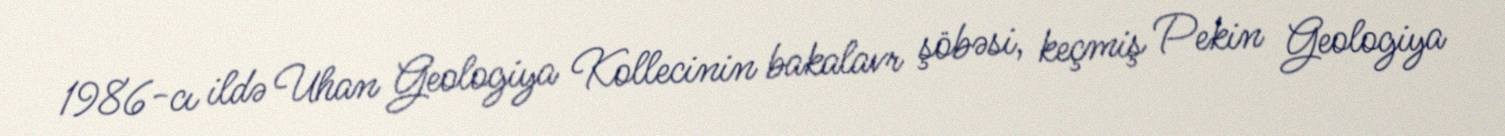
1986-cı ildə Uhan Geologiya Kollecinin bakalavr şöbəsi, keçmiş Pekin Geologiya